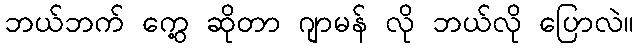
ဘယ်ဘက် ကွေ့ ဆိုတာ ဂျာမန် လို ဘယ်လို ပြောလဲ။